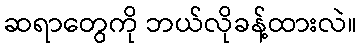
ဆရာတွေကို ဘယ်လိုခန့်ထားလဲ။